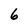
Character: 6